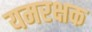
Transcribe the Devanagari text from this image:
यमरक्षक